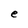
Character: e